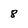
Character: 8